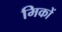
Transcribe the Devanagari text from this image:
मिकों